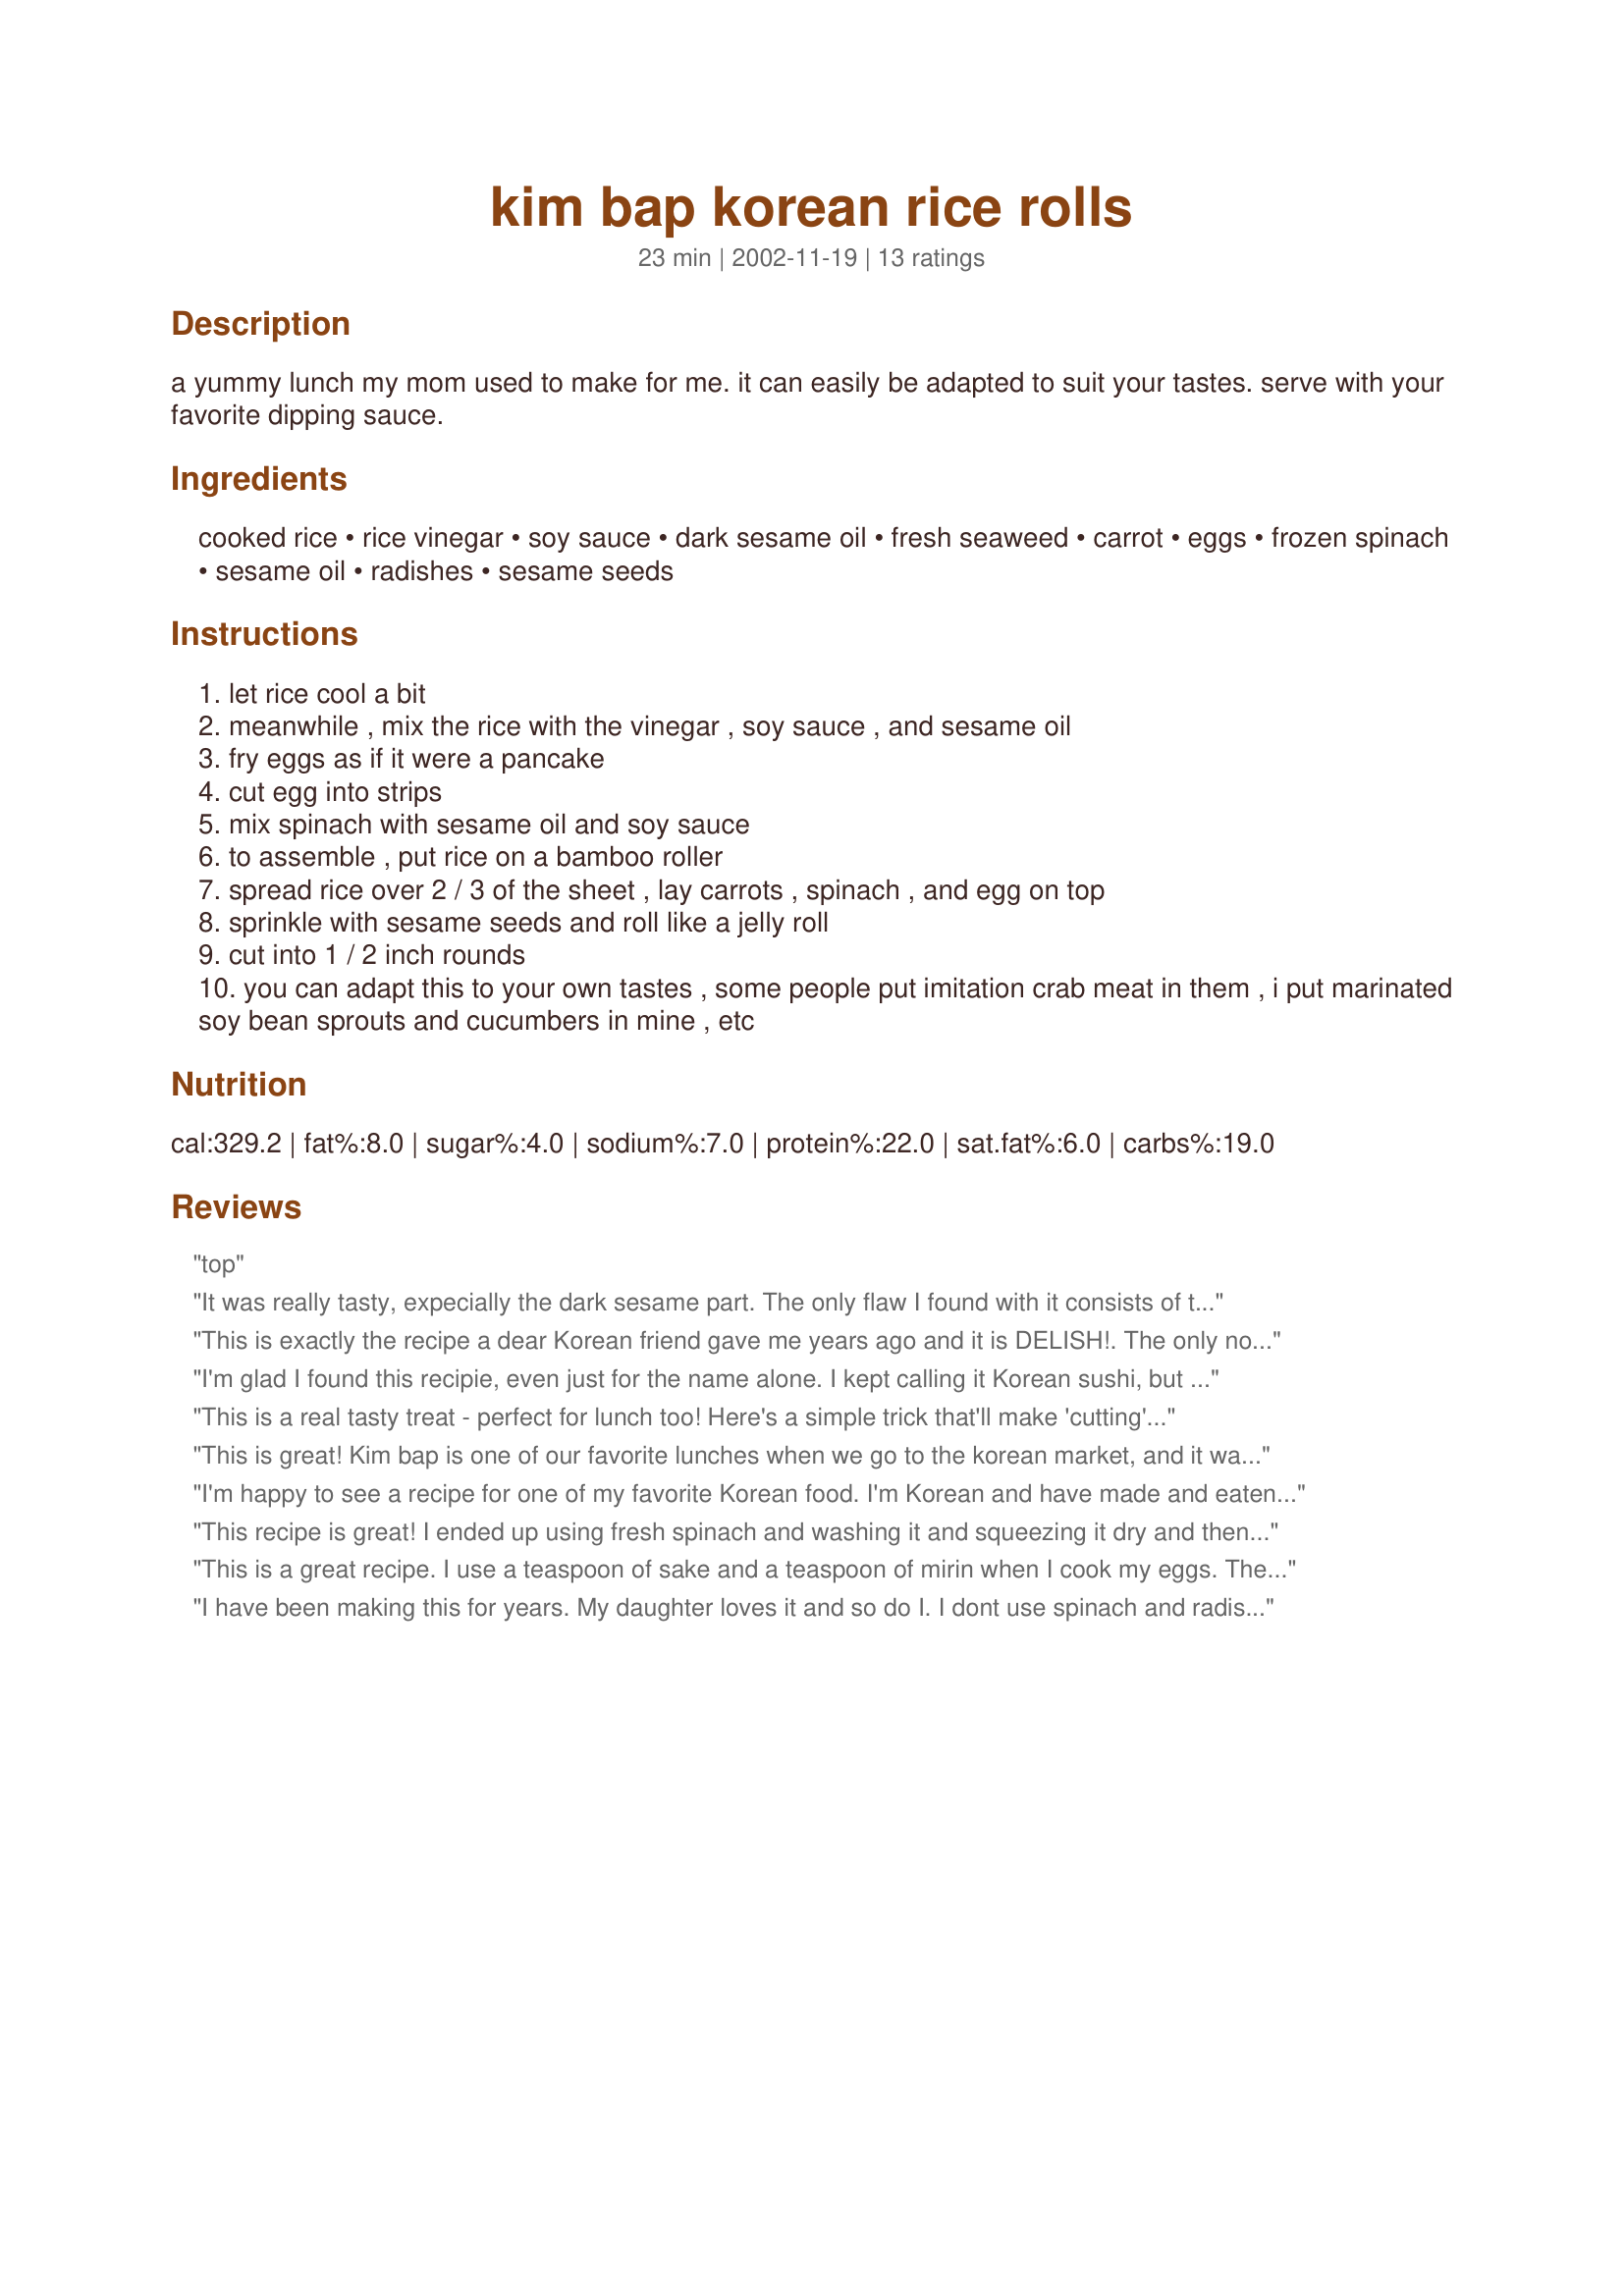
kim bap korean rice rolls
Preparation time: 23 minutes

a yummy lunch my mom used to make for me. it can easily be adapted to suit your tastes. serve with your favorite dipping sauce.

Ingredients:
cooked rice, rice vinegar, soy sauce, dark sesame oil, fresh seaweed, carrot, eggs, frozen spinach, sesame oil, radishes, sesame seeds

Steps:
let rice cool a bit
meanwhile , mix the rice with the vinegar , soy sauce , and sesame oil
fry eggs as if it were a pancake
cut egg into strips
mix spinach with sesame oil and soy sauce
to assemble , put rice on a bamboo roller
spread rice over 2 / 3 of the sheet , lay carrots , spinach , and egg on top
sprinkle with sesame seeds and roll like a jelly roll
cut into 1 / 2 inch rounds
you can adapt this to your own tastes , some people put imitation crab meat in them , i put marinated soy bean sprouts and cucumbers in mine , etc

Reviews:
top
It was really tasty, expecially the dark sesame part. The only flaw I found with it consists of the rice not having enough taste. I also added an extra teaspoon of sesame oil and soya sauce to the spinach, and it was delicious. Also a great thing that affects how delicious it is depends on the seaweed.
This is exactly the recipe a dear Korean friend gave me years ago and it is DELISH!. The only notes I would add: put your seaweed wrap on the bamboo sheet, THEN top with rice (step 6); seal the roll by dipping your finger in water and running it along the edge then pressing together; wipe your knife off as you're cutting (too sticky will produce sloppy slices); and the radish you're looking for is sold as "Pickled Daikon Radish" in stores with a good Asian refrigerated section and is a bright yellow color (you don't want to miss this sweet-sour flavor addition in the rolls). You can also make your own by purchasing daikon radishes and pickling them yourself... I like the recipe for Sweet Pickled Daikon Radish here on food.com (#419414). ENJOY!
I'm glad I found this recipie, even just for the name alone. I kept calling it Korean sushi, but now I know the real name. Thank you for posting this!
This is a real tasty treat - perfect for lunch too! Here's a simple trick that'll make 'cutting' kimbap rolls easier. Very helpful if you haven't yet mastered making a 'tight' roll. Take your finished kimbap roll, and roll it up in a piece of saram wrap (it'll naturally want to roll up snug). You should find that it's much easier now to cut into slices (though the end pieces never seem to turn out right - I just pop those in my mouth ;).
This is great! Kim bap is one of our favorite lunches when we go to the korean market, and it was so much fun making it at home. My BF (raised in Korea) said it was 10 stars! Thanks trc!
I'm happy to see a recipe for one of my favorite Korean food. I'm Korean and have made and eaten many variations of Kim Bap in the last 30+ years. As noted on the recipe, you can vary the ingridients to your personal taste. Only issue I have is with this recipe is using "frozen spinach". I've used frozen spinach for cooking (i.e. lasagna) but for Kim Bap, you really need to use fresh ingredients. Use fresh spinach, trimmed, cleaned, blanched, and all excess water sqeezed out before seasoning. Making sure you get all the excess water out of the spinach is important if you don't want soggy Kim Bap.
This recipe is great! I ended up using fresh spinach and washing it and squeezing it dry and then cutting it very fine and it worked great. Also, I almost forgot to pick up pickled radish at the market! But so glad I remembered, it adds an extra little element that is lacking in other recipes I&#039;ve tried; (I&#039;ve even tried a little bit of sauerkraut in place of the radish in a pinch a couple of times and it was actually pretty good). Thanks for posting this!
This is a great recipe. I use a teaspoon of sake and a teaspoon of mirin when I cook my eggs. The best tip for cutting Kim Bap is to keep the knife clean a wet. Between every other cut wipe the knife clean and moisten it with a little water.
I have been making this for years. My daughter loves it and so do I. I dont use spinach and radish instead, I use peeled cucumber cut into strips. I also use imitation crab legs strips. With the rice I use NISHIKI brand which can be found in Asian Stores. For the rice seasoning, I didnt use soy sauce and sesame oil, I instead used 2 tbsp sugar and dash of salt. If u like Sushi, this is one to try. Thanks for posting. Excellent recipe.
This was my first try at rice rolls and I haven't mastered rolling it tight enough yet, but tasted delicious. I added a teaspoon of sake to my eggs and I couldn't find pickled yellow radish (never had it and don't know what it's like), but fresh daikon radish worked great. Wonderful combination of veggies. The frozen spinach works really well, but you have to make sure you get it squeezed out really well. The only change I would make next time is to double the soy sauce. Thanks for sharing.
it was pretty good, but i sautÃ©ed my veggies in some olive oil. I added some odang (korean fish cake)and omitted the soy sauce. i added a little bit of sugar (sort of like sushi rice). when rolling the kimbap, i smeared a few rice pieces at the end of the wrap so it would stick to the roll.
Excellent recipe! Here's a few tips, though. Make less filling (carrots and spinach). Spread the rice relatively thinly. It will try to be thick, but don't let it. use a lot of filling in each one, don't be afraid. Also, when you roll, don't be afraid of the wrappers, make it tight, it will be easier to cut. Wet the (sharp!) knife a bit, then cut. (refrig. helps make them stiffer). Eat with dipping sauce. ^_^
